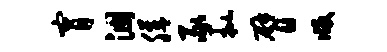
宵涸膳豕批臂版